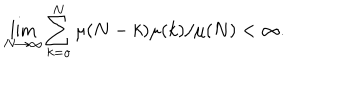
\lim _ { N \rightarrow \infty } \sum _ { k = o } ^ { N } \mu ( N - k ) \mu ( k ) / \mu ( N ) < \infty .